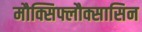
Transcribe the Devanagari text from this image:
मौक्सिफ्लौक्सासिन